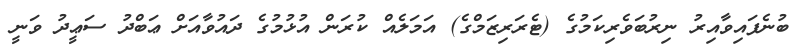
ބުނެފައިވާއިރު ނިރުބަވެރިކަމުގެ (ޓެރަރިޒަމްގެ) އަމަލެއް ކުރަން އުޅުމުގެ ދައުވާއަށް ޢަބްދު ސަޢީދު ވަނީ